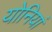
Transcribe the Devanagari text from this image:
योनियां